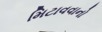
મિટાવવાનો